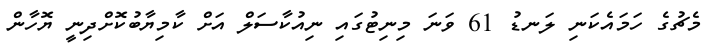
މެޗުގެ ހަމައެކަނި ލަނޑު 61 ވަނަ މިނިޓުގައި ނިއުކާސަލް އަށް ކާމިޔާބުކޮށްދިނީ ޔޮހާން